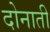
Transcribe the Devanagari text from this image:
दोनाती